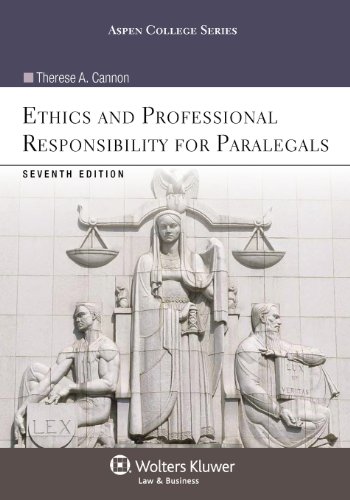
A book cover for Ethics and Professional Responsibility for Paralegals, Seventh Edition (Aspen College); Therese A. Cannon; Law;